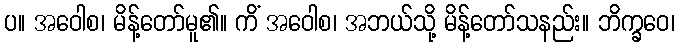
ပ။ အဝေါစ၊ မိန့်တော်မူ၏။ ကိံ အဝေါစ၊ အဘယ်သို့ မိန့်တော်သနည်း။ ဘိက္ခဝေ၊